Vaccination in the Punjab 1883-1896 - 1883-1896
Year: 1883
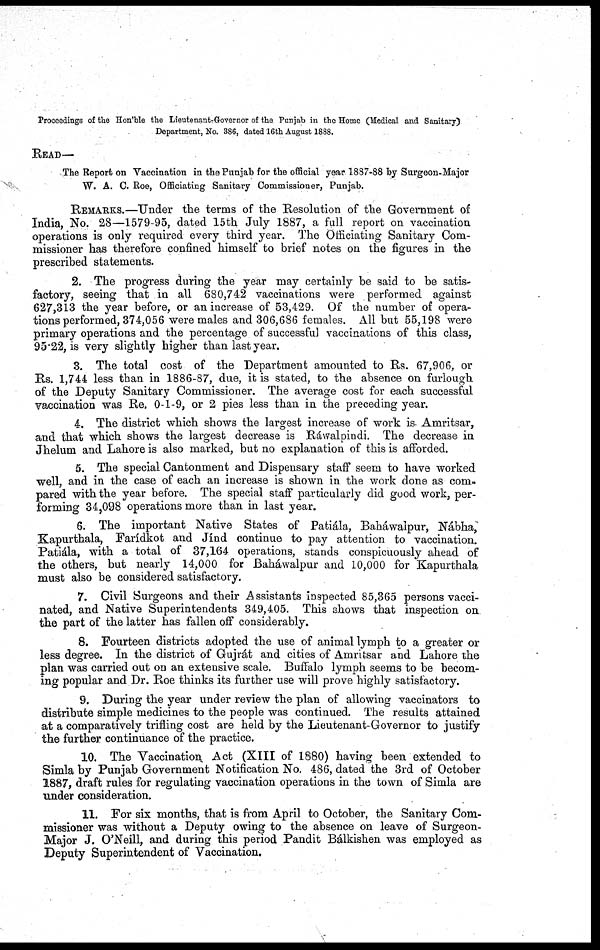
Proceedings of the Hon'ble the Lieutenant-Governor of the Punjab in the Home (Medical and Sanitary)
Department, No. 386, dated 16th August 1888.
READ—
The Report on Vaccination in the Punjab for the official year 1887-88 by Surgeon-Major
W. A. C. Roe, Officiating Sanitary Commissioner, Punjab.
REMARKS.—Under the terms of the Resolution of the Government of
India, No. 28—1579-95, dated 15th July 1887, a full report on vaccination
operations is only required every third year. The Officiating Sanitary Com-
missioner has therefore confined himself to brief notes on the figures in the
prescribed statements.
2. The progress during the year may certainly be said to be satis-
factory, seeing that in all 680,742 vaccinations were performed against
627,313 the year before, or an increase of 53,429. Of the number of opera-
tions performed, 374,056 were males and 306,686 females. All but 55,198 were
primary operations and the percentage of successful vaccinations of this class,
95.22, is very slightly higher than last year.
3. The total cost of the Department amounted to Rs. 67,906, or
Rs. 1,744 less than in 1886-87, due, it is stated, to the absence on furlough
of the Deputy Sanitary Commissioner. The average cost for each successful
vaccination was Re, 0-1-9, or 2 pies less than in the preceding year.
4. The district which shows the largest increase of work is Amritsar,
and that which shows the largest decrease is Ráwalpindi. The decrease in
Jhelum and Lahore is also marked, but no explanation of this is afforded.
5. The special Cantonment and Dispensary staff seem to have worked
well, and in the case of each an increase is shown in the work done as com-
pared with the year before. The special staff particularly did good work, per-
forming 34,098 operations more than in last year.
6. The important Native States of Patiála, Baháwalpur, Nábha,
Kapurthala, Farídkot and Jínd continue to pay attention to vaccination.
Patiála, with a total of 37,164 operations, stands conspicuously ahead of
the others, but nearly 14,000 for Baháwalpur and 10,000 for Kapurthala
must also be considered satisfactory.
7. Civil Surgeons and their Assistants inspected 85,365 persons vacci-
nated, and Native Superintendents 349,405. This shows that inspection on
the part of the latter has fallen off considerably.
8. Fourteen districts adopted the use of animal lymph to a greater or
less degree. In the district of Gujrát and cities of Amritsar and Lahore the
plan was carried out on an extensive scale. Buffalo lymph seems to be becom-
ing popular and Dr. Roe thinks its further use will prove highly satisfactory.
9. During the year under review the plan of allowing vaccinators to
distribute simple medicines to the people was continued. The results attained
at a comparatively trifling cost are held by the Lieutenant-Governor to justify
the further continuance of the practice.
10. The Vaccination Act (XIII of 1880) having been extended to
Simla by Punjab Government Notification No. 486, dated the 3rd of October
1887, draft rules for regulating vaccination operations in the town of Simla are
under consideration.
11. For six months, that is from April to October, the Sanitary Com-
missioner was without a Deputy owing to the absence on leave of Surgeon-
Major J. O'Neill, and during this period Pandit Bálkishen was employed as
Deputy Superintendent of Vaccination.